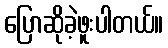
ပြောဆိုခဲ့ဖူးပါတယ်။